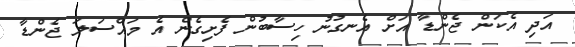
އަދި އެކަން ޖެންޑާ އަަށް އެނގުނު ހިސާބުން ފެށިގެން އެ މައްސަލަ ޖެންޑާ